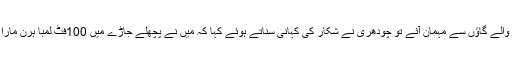
ساتھ والے گاؤں سے مہمان آئے تو چودھری نے شکار کی کہانی سناتے ہوئے کہا کہ میں نے پچھلے جاڑے میں 100فٹ لمبا ہرن مارا تھا ۔